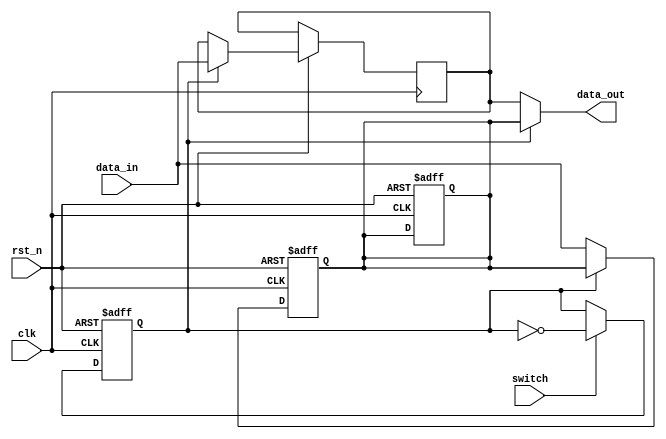
`timescale 1ns / 1ps

module pingpang_buffer(
    input rst_n,
    input[15:0] data_in,
    input clk,
    input switch,
    output [15:0] data_out
    );
    reg  [15:0] buffer_a;
    reg  [15:0] buffer_b;
    reg buffer_sel;  //0buffer_abuffer
    always@(posedge clk or negedge rst_n) begin
        if(!rst_n)
            buffer_sel <= 0;
        else if(switch)
            buffer_sel <= !buffer_sel;
    end
    always@(posedge clk or negedge rst_n) begin
        if(!rst_n)
            buffer_a <= 16'b0;
        else if(!buffer_sel)
            buffer_a <= data_in;
    end
    always@(posedge clk or negedge rst_n) begin
        if(!rst_n)
            buffer_a <= 16'b0;
        else if(buffer_sel)
            buffer_b <= data_in;
    end
    assign data_out = buffer_sel?buffer_a:buffer_b;
endmodule